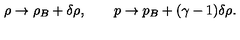
\rho \to \rho _ { B } + \delta \rho , \qquad p \to p _ { B } + ( \gamma - 1 ) \delta \rho .